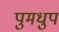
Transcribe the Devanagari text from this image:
पुमधुप